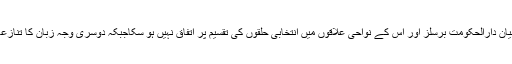
ایک تو وزیراعظم کی مخلوط حکومت میں شامل پانچ جماعتوں کے درمیان دارالحکومت برسلز اور اس کے نواحی علاقوں میں انتخابی حلقوں کی تقسیم پر اتفاق نہیں ہو سکاجبکہ دوسری وجہ زبان کا تنازعہ ہے جو فلیمش اور فرانسیسی زبان بولنے والی آبادیوں کے درمیان ہے۔